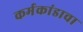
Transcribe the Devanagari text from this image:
कर्मकांडाचा